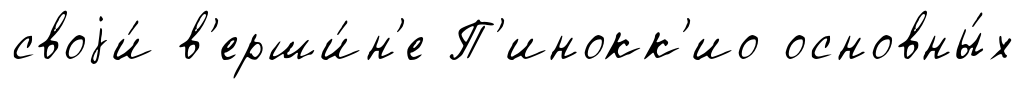
своjи́ в'ерши́н'е П'инокк'ио основны́х